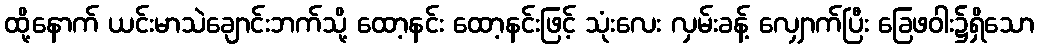
ထို့နောက် ယင်းမာသဲချောင်းဘက်သို့ ထော့နင်း ထော့နင်းဖြင့် သုံးလေး လှမ်းခန့် လျှောက်ပြီး ခြေဖဝါး၌ရှိသော